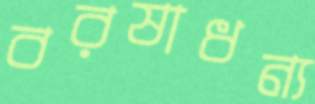
বরষাধন্য